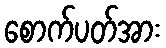
စောက်ပတ်အား